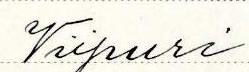
Viipuri